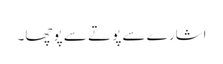
اشارے سے پوتے سے پوچھا۔